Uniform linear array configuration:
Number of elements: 16
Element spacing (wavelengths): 0.5
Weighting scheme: exponential
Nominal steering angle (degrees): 45
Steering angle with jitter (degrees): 43.184
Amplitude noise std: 0.05
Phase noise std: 0.05

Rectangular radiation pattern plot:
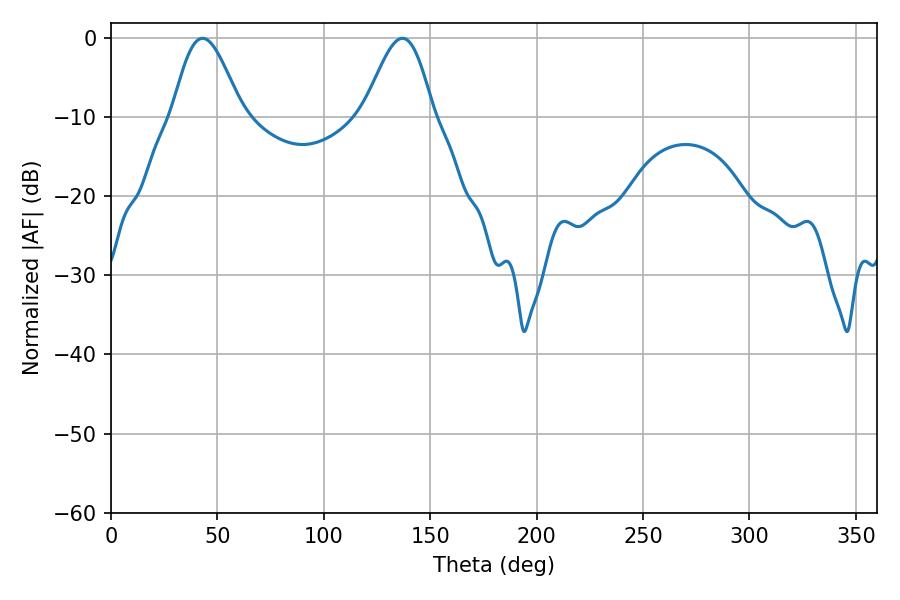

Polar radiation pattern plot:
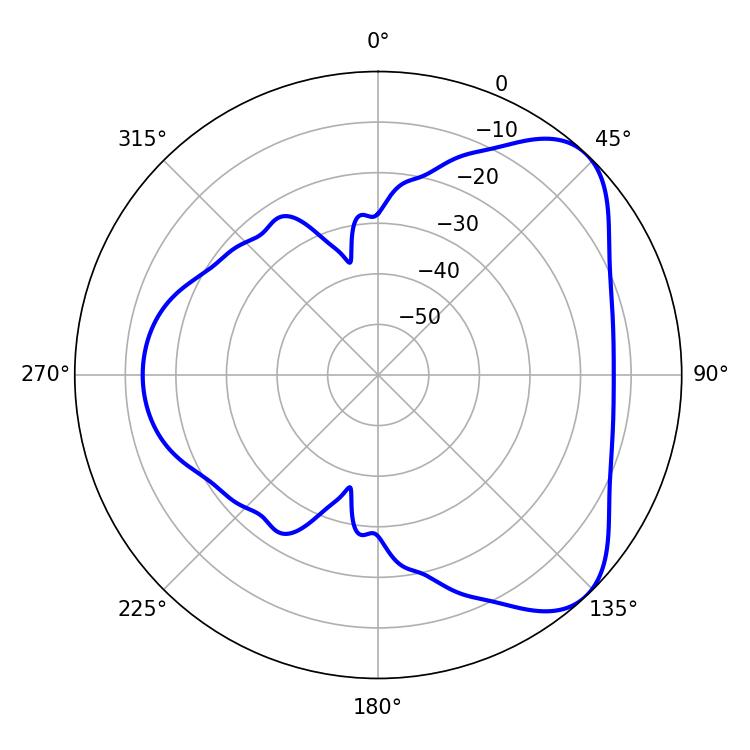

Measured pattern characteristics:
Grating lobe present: FALSE
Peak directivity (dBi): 6.094
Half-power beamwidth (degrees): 17.28
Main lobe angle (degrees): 43.02